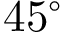
4 5 ^ { \circ }